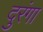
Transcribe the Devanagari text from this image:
दुरंगा